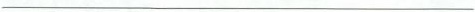
___